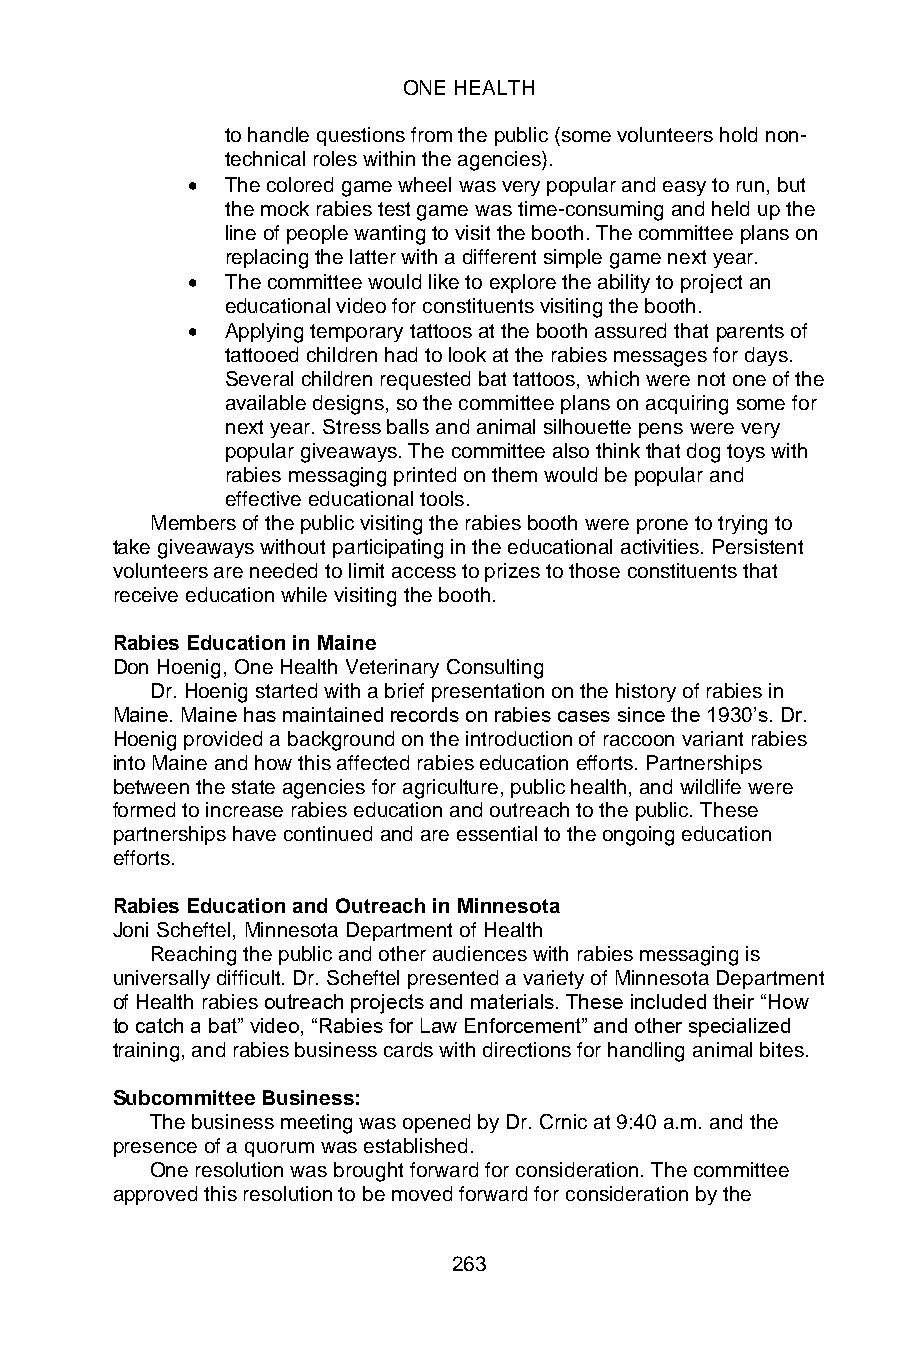
ONE HEALTH
 to handle questions from the public (some volunteers hold non-
 technical roles within the agencies).
 •  The colored game wheel was very popular and easy to run, but
 the mock rabies test game was time-consuming and held up the
 line of people wanting to visit the booth. The committee plans on
 replacing the latter with a different simple game next year.
 •  The committee would like to explore the ability to project an
 educational video for constituents visiting the booth.
 •  Applying temporary tattoos at the booth assured that parents of
 tattooed children had to look at the rabies messages for days.
 Several children requested bat tattoos, which were not one of the
 available designs, so the committee plans on acquiring some for
 next year. Stress balls and animal silhouette pens were very
 popular giveaways. The committee also think that dog toys with
 rabies messaging printed on them would be popular and
 effective educational tools.
 Members of the public visiting the rabies booth were prone to trying to
 take giveaways without participating in the educational activities. Persistent
 volunteers are needed to limit access to prizes to those constituents that
 receive education while visiting the booth.
 Rabies Education in Maine
 Don Hoenig, One Health Veterinary Consulting
 Dr. Hoenig started with a brief presentation on the history of rabies in
 Maine. Maine has maintained records on rabies cases since the 1930’s. Dr.
 Hoenig provided a background on the introduction of raccoon variant rabies
 into Maine and how this affected rabies education efforts. Partnerships
 between the state agencies for agriculture, public health, and wildlife were
 formed to increase rabies education and outreach to the public. These
 partnerships have continued and are essential to the ongoing education
 efforts.
 Rabies Education and Outreach in Minnesota
 Joni Scheftel, Minnesota Department of Health
 Reaching the public and other audiences with rabies messaging is
 universally difficult. Dr. Scheftel presented a variety of Minnesota Department
 of Health rabies outreach projects and materials. These included their “How
 to catch a bat” video, “Rabies for Law Enforcement” and other specialized
 training, and rabies business cards with directions for handling animal bites.
 Subcommittee Business:
 The business meeting was opened by Dr. Crnic at 9:40 a.m. and the
 presence of a quorum was established.
 One resolution was brought forward for consideration. The committee
 approved this resolution to be moved forward for consideration by the
 263